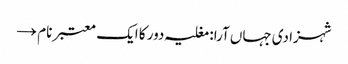
شہزادی جہاں آرا: مغلیہ دور کا ایک معتبر نام →